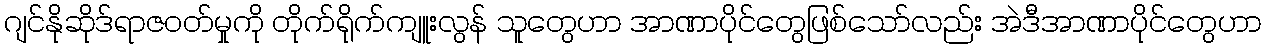
ဂျင်နိုဆိုဒ်ရာဇဝတ်မှုကို တိုက်ရိုက်ကျူးလွန် သူတွေဟာ အာဏာပိုင်တွေဖြစ်သော်လည်း အဲဒီအာဏာပိုင်တွေဟာ